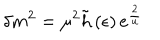
\delta m ^ { 2 } = \mu ^ { 2 } \tilde { h } \left( \epsilon \right) e ^ { \frac { 2 } { u } }